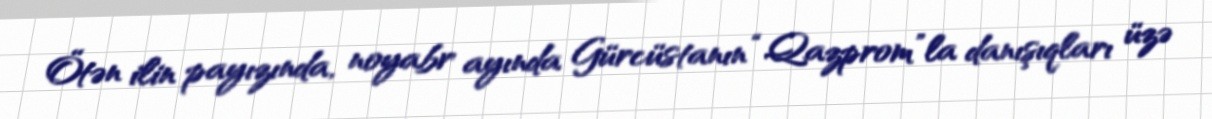
Ötən ilin payızında, noyabr ayında Gürcüstanın “Qazprom”la danışıqları üzə